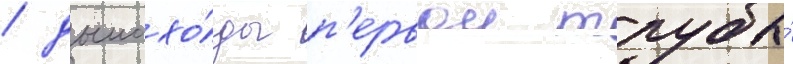
/ дымохо́ды п'ервои трубы́